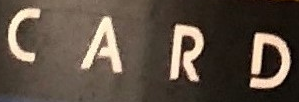
CARD